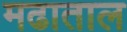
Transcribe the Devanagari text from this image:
मढाताल